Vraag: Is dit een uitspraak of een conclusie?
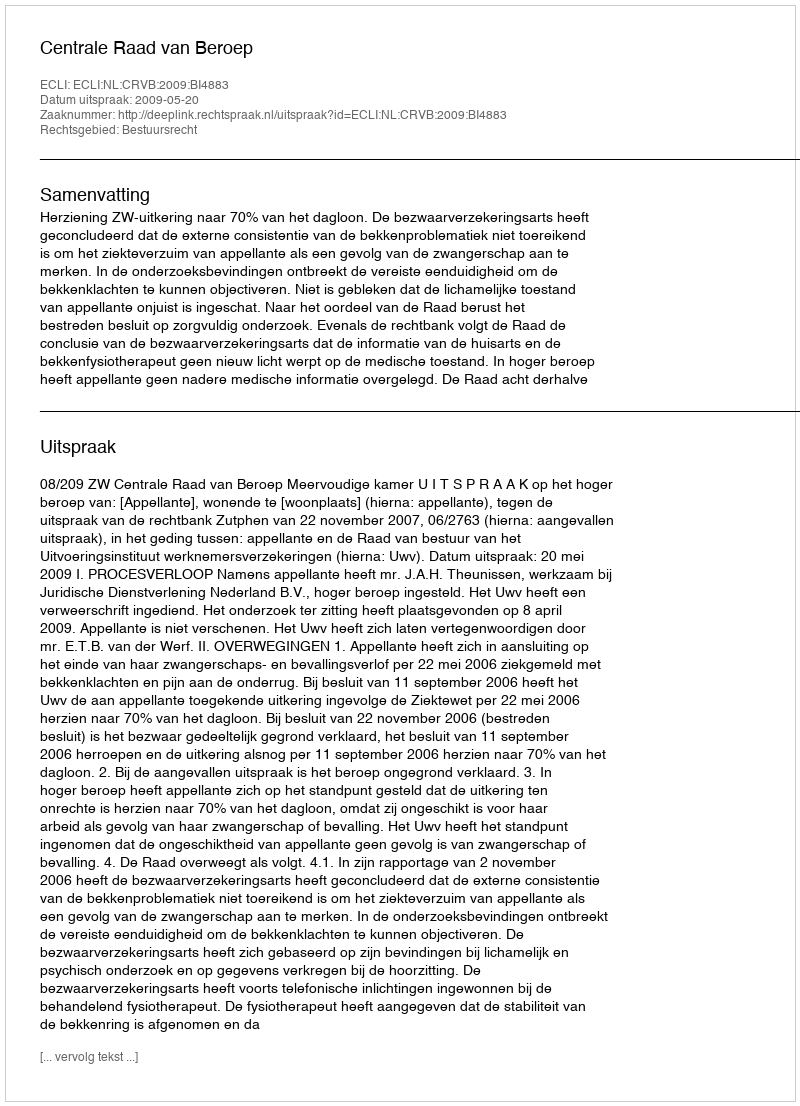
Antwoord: Uitspraak